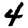
Digit: 4